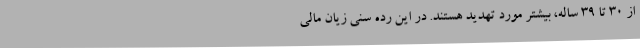
از 30 تا 39 ساله، بیشتر مورد تهدید هستند. در این رده سنی زیان مالی